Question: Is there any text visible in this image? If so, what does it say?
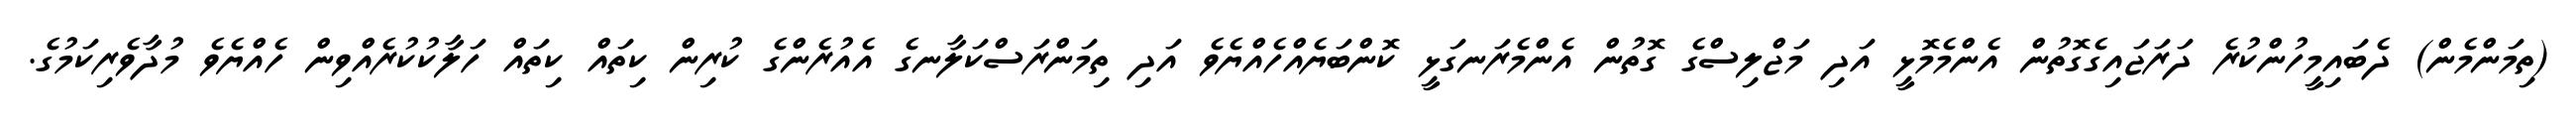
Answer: (ތިމަންމެން) ދެބައިމީހުންކުރެ ދަރަޖައިގެގޮތުން އެންމެމޮޅީ އަދި މަޖްލިސްގެ ގޮތުން އެންމެރަނގަޅީ ކޮންބަޔެއްހެއްޔެވެ އަދި ތިމަންރަސްކަލާނގެ އެއުރެންގެ ކުރިން ކިތައް ކިތައް ހަލާކުކުރެއްވިން ހެއްޔެވެ މުދާވެރިކަމުގެ.